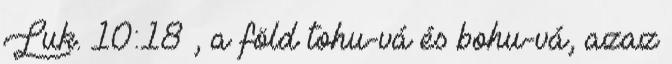
Luk. 10:18 , a föld tohu-vá és bohu-vá, azaz